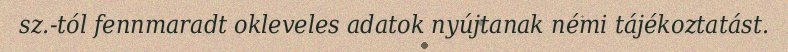
sz.-tól fennmaradt okleveles adatok nyújtanak némi tájékoztatást.